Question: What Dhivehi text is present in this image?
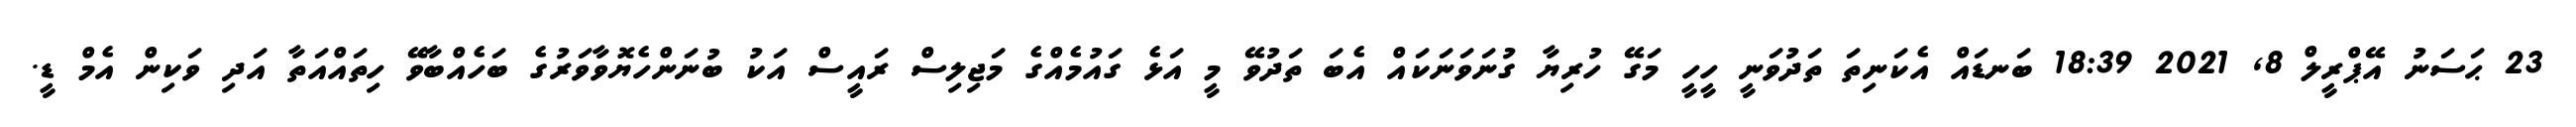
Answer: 23 ޙަސަނު އޭޕްރީލް 8, 2021 18:39 ބަނޑައް އެކަނިތަ ތަދުވަނީ ހީހީ މަގޭ ހުރިޔާ ގުނަވަނަކައް އެބަ ތަދުވޭ މީ އަޅެ ގައުމެއްގެ މަޖިލިސް ރައީސް އަކު ބުނަންހެޔޮވާވަރުގެ ބަހެއްބާވޭ ހިތައްއަތާ އަދި ވަކިން އެމް ޑީ.